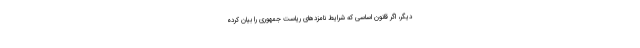
دیگر، اگر قانون اساسی که شرایط نامزدهای ریاست جمهوری را بیان کرده